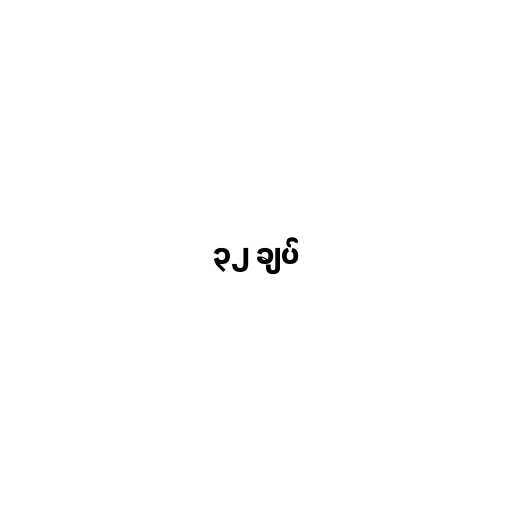
၃၂ ချပ်